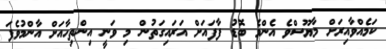
ކަމެއްވާއިރަށް މާޔޫސްވެ އެންމެ ބޮޑު ފާފައަށް އަރައިގަތުން މި ވަނީ އިންތިހާއަށް އާންމުވެފަ